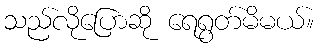
သည်လိုပြောဆို ရေရွတ်မိမယ်။